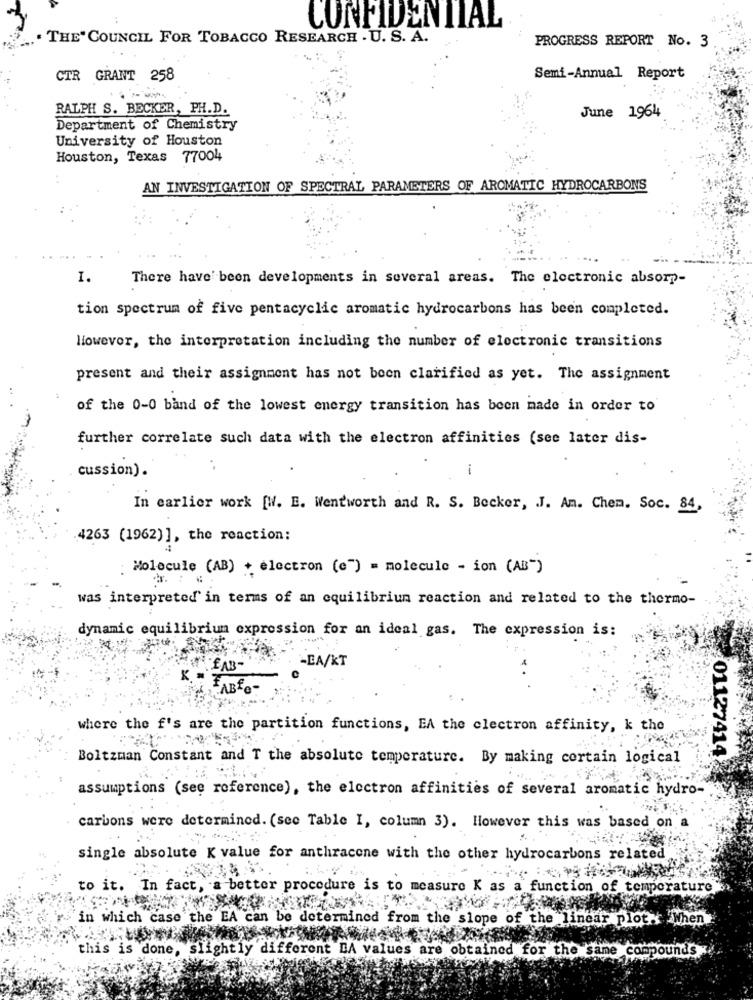
CONFIDENTIAL
. THE" COUNCIL FOR TOBACCO RESEARCH . U. S. A.
PROGRESS REPORT No. 3
CTR GRANT 258
Semi-Annual Report
RALPH S. BECKER, PH.D.
June 1964
Department of Chemistry
University of Houston
Houston, Texas 77004
AN INVESTIGATION OF SPECTRAL PARAMETERS OF AROMATIC HYDROCARBONS
I.
There have been developments in several areas. The electronic absorp-
tion spectrum of five pentacyclic aromatic hydrocarbons has been completed.
However, the interpretation including the number of electronic transitions
present and their assignment has not been clarified as yet. The assignment
of the 0-0 band of the lowest energy transition has been made in order to
further correlate such data with the electron affinities (see later dis-
.
i
cussion).
In earlier work [W. E. Wentworth and R. S. Becker, J. An. Chem. Soc. 84,
4263 (1962)], the reaction:
: Molecule (AB) + electron (e") = molecule - ion (AB-)
was interpreted in terms of an equilibriun reaction and related to the thermo-
dynamic equilibrium expression for an ideal gas. The expression is:
LAB-
-EA/KT
..
FABfo-
where the f's are the partition functions, EA the clectron affinity, k the
Boltzman Constant and T the absolute temperature. By making certain logical
01127414%
assumptions (see reference), the electron affinities of several aromatic hydro-
carbons were determined. (see Table I, column 3). However this was based on
single absolute K value for anthracone with the other hydrocarbons related
to it. In fact, a better procedure is to measure K as a function of temperature
in which case the EA can be determined from the slope of the linear plot "When
this is done, slightly different DA values are obtained for the same compounds